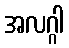
အလဂ္ဂါ